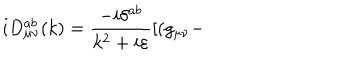
LaTeX: i D _ { \mu \nu } ^ { a b } ( k ) = \frac { - i \delta ^ { a b } } { k ^ { 2 } + i \varepsilon } [ ( g _ { \mu \nu } -